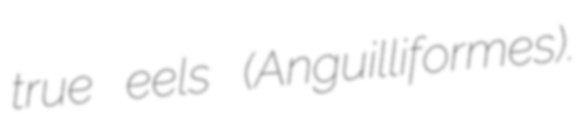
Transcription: true eels (Anguilliformes).